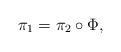
LaTeX: \begin{align*}\pi _{1}=\pi _{2}\circ \Phi , \end{align*}